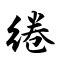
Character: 绻